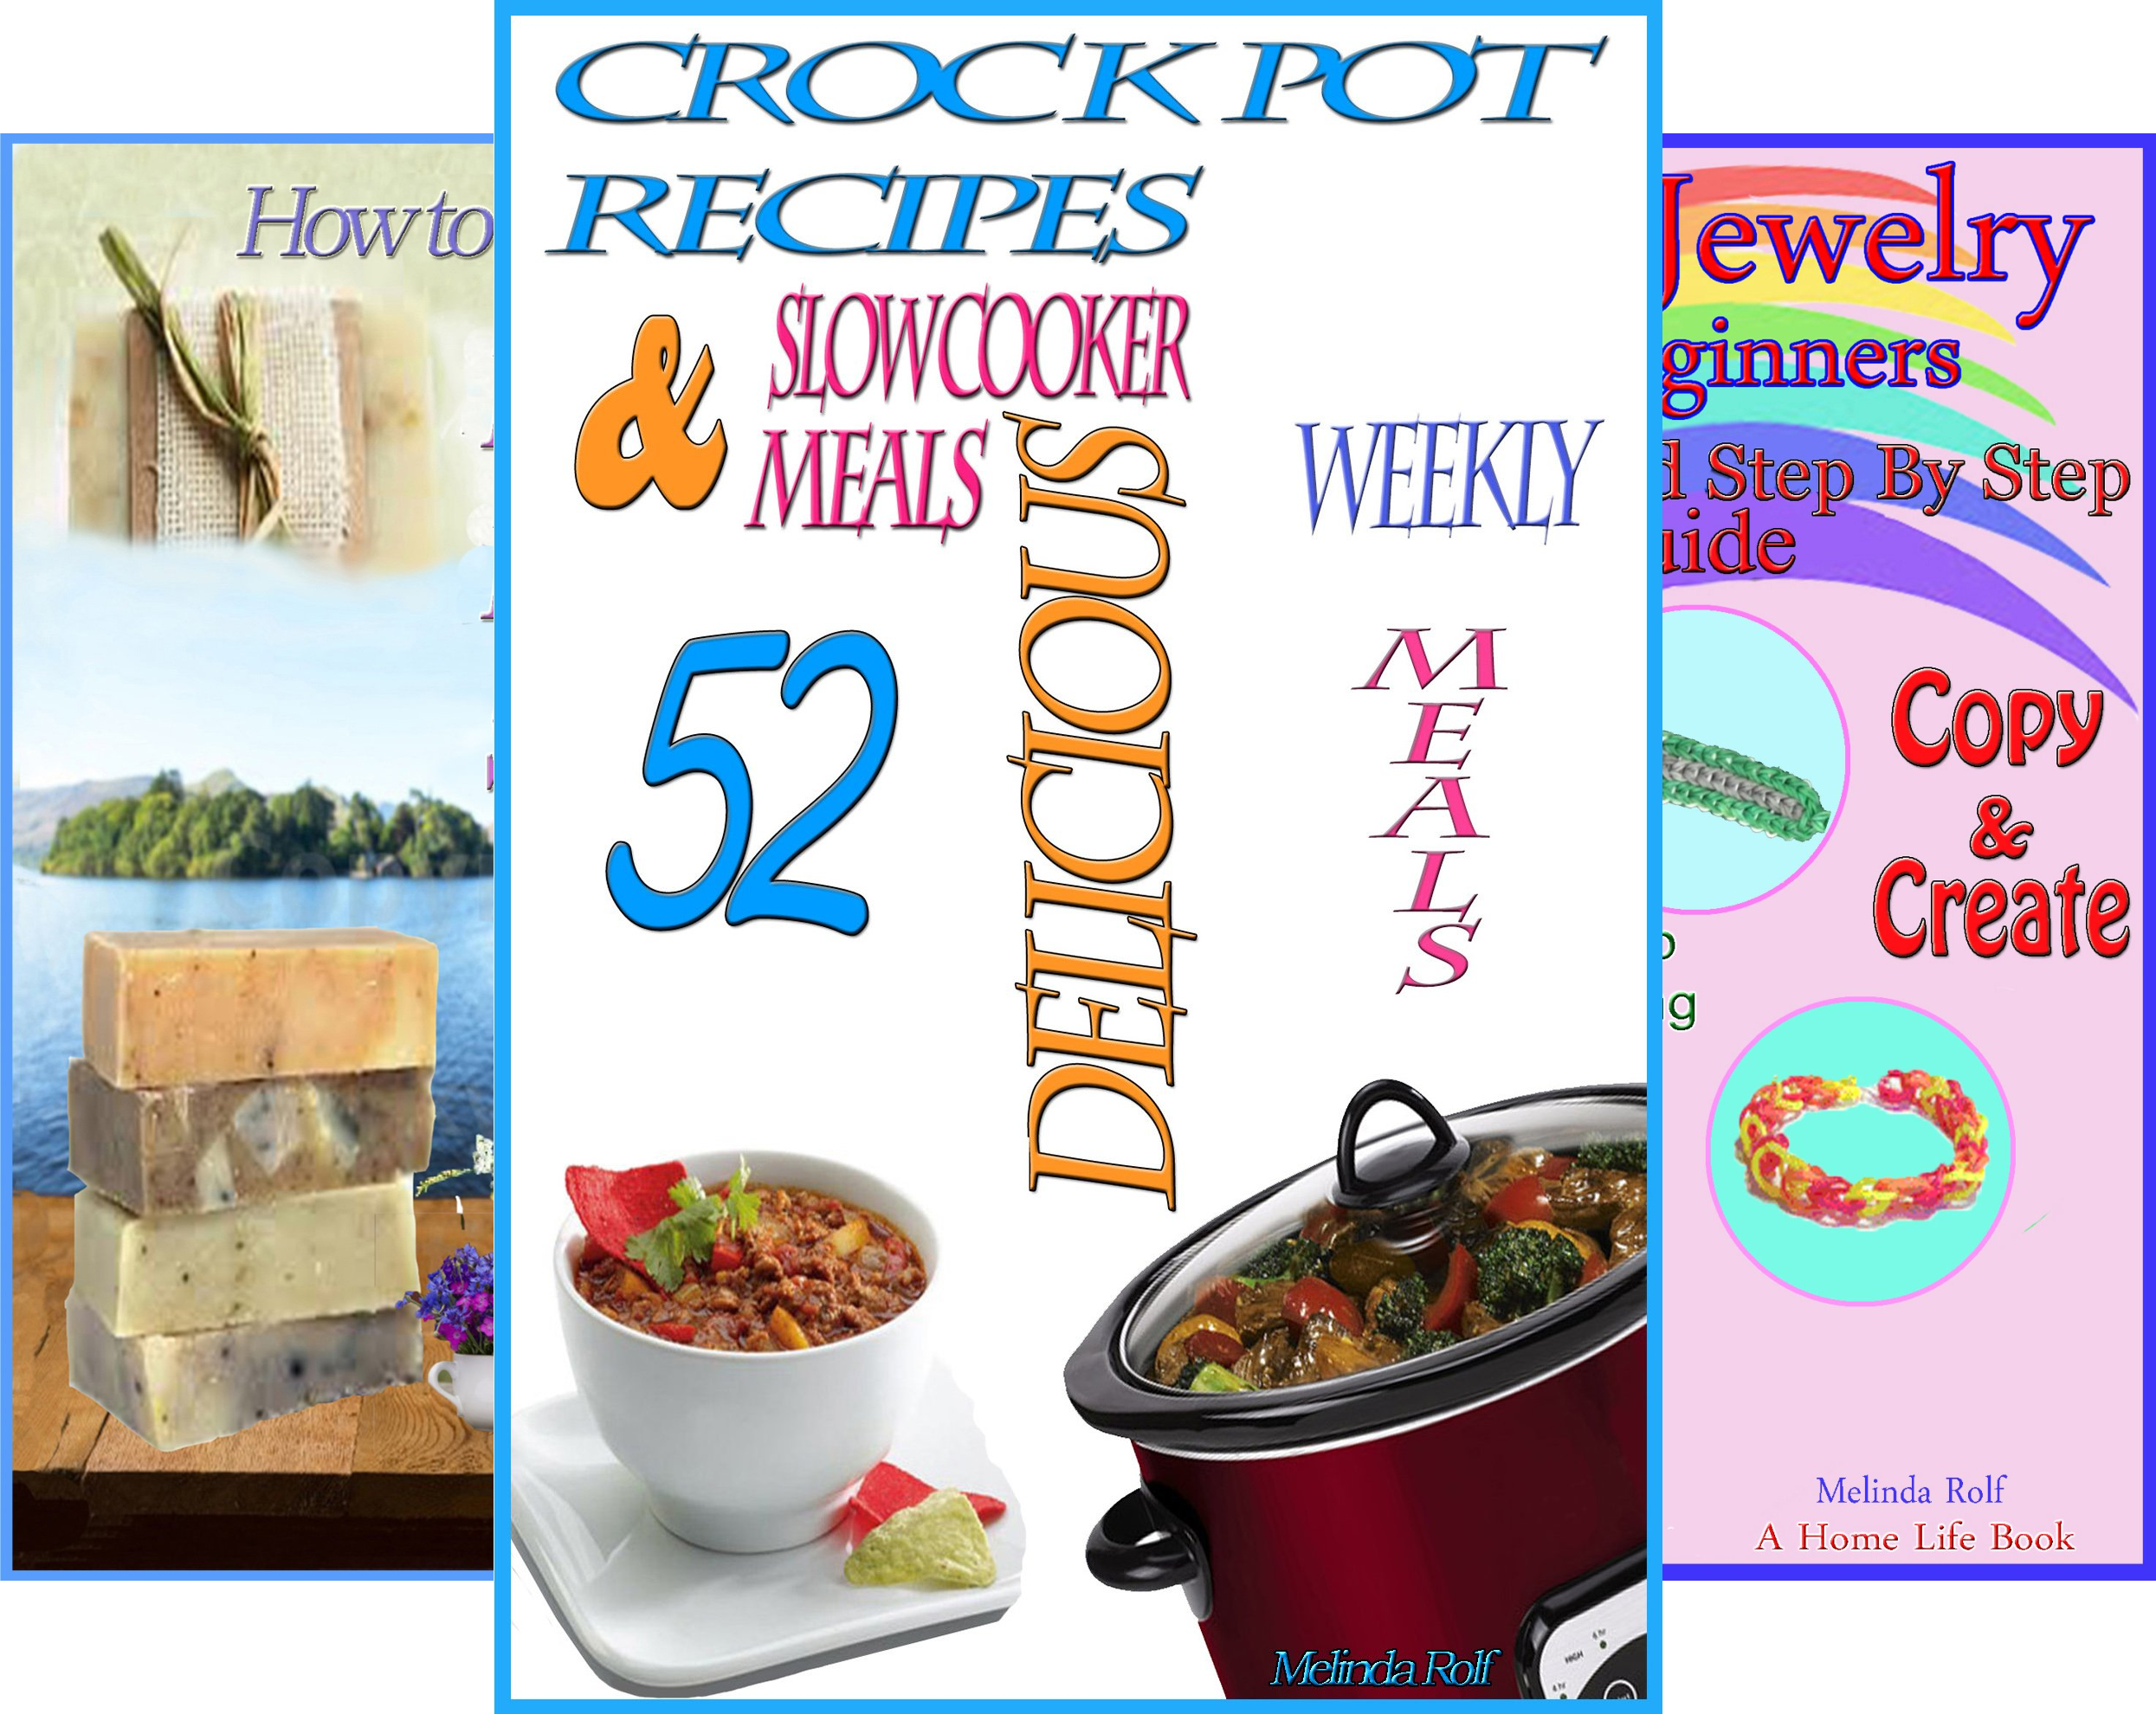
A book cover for The Home Life Series; Melinda Rolf; Cookbooks, Food & Wine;